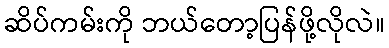
ဆိပ်ကမ်းကို ဘယ်တော့ပြန်ဖို့လိုလဲ။